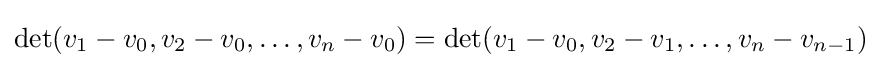
\det(v_{1}-v_{0},v_{2}-v_{0},\ldots ,v_{n}-v_{0})=\det(v_{1}-v_{0},v_{2}-v_{1},\ldots ,v_{n}-v_{n-1})